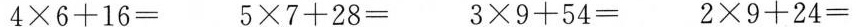
4\times6+16= 5\times7+28= 3\times9+54= 2\times9+24=